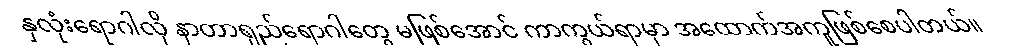
နှလုံးရောဂါလို နာတာရှည်ရောဂါတွေ မဖြစ်အောင် ကာကွယ်ရာမှာ အထောက်အကူဖြစ်စေပါတယ်။